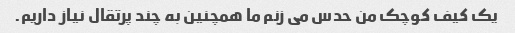
یک کیف کوچک من حدس می زنم ما همچنین به چند پرتقال نیاز داریم.